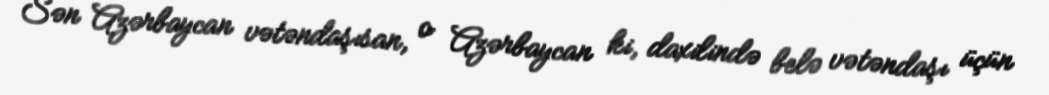
Sən Azərbaycan vətəndaşısan, o Azərbaycan ki, daxilində belə vətəndaşı üçün